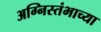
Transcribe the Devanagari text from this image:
अग्निस्तंभाच्या